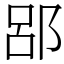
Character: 郘